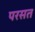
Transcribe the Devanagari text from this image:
परसत